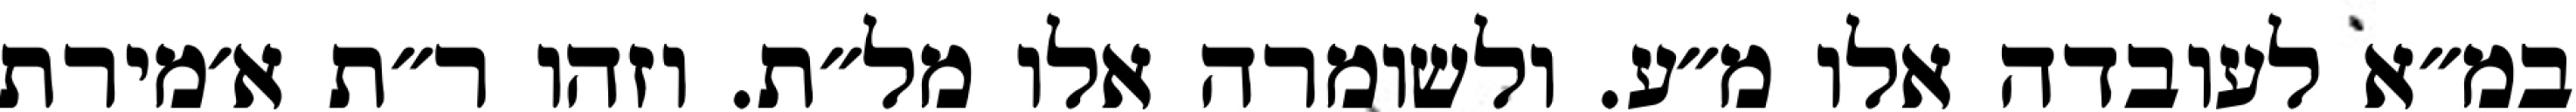
במ״א לעובדה אלו מ״ע. ולשומרה אלו מל״ת. וזהו ר״ת א׳מירת